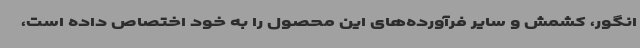
انگور، کشمش و سایر فرآورده‌های این محصول را به خود اختصاص داده است،